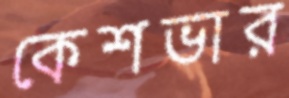
কেশভার